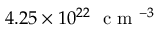
4 . 2 5 \times 1 0 ^ { 2 2 } \mathrm { ~ \ c ~ m ~ } ^ { - 3 }